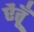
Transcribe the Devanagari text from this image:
ऐंतूँ